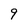
Character: 9